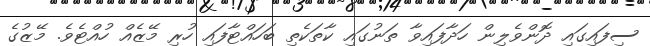
ސިފައިގައި ދޮންވެލިން ހަދާފައިވާ ތަނުގައި ކާތަކެތި ބަހައްޓާފައި ހުރި މޭޒެއް ހުއްޓެވެ. މޭޒުގެ